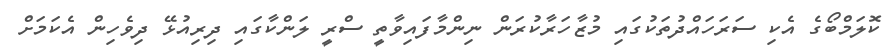
ކޮލަމްބޯގެ އެކި ސަރަހައްދުތަކުގައި މުޒާހަރާކުރަން ނިންމާފައިވާތީ ސްރީ ލަންކާގައި ދިރިއުޅޭ ދިވެހިން އެކަމަށް